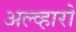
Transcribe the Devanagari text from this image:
अल्व्हारो